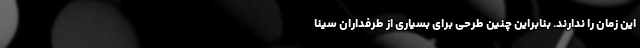
این زمان را ندارند. بنابراین چنین طرحی برای بسیاری از طرفداران سینا